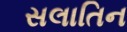
સલાતિન